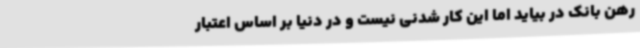
رهن بانک در بیاید اما این کار شدنی نیست و در دنیا بر اساس اعتبار